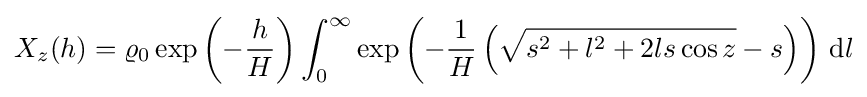
X_{z}(h)=\varrho _{0}\exp \left(-{\frac {h}{H}}\right)\int _{0}^{\infty }\exp \left(-{\frac {1}{H}}\left({\sqrt {s^{2}+l^{2}+2ls\cos z}}-s\right)\right)\,\mathrm {d} l